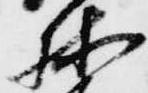
林